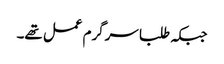
جبکہ طلبا سرگرم عمل تھے۔